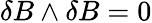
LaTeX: \delta B\wedge\delta B=0